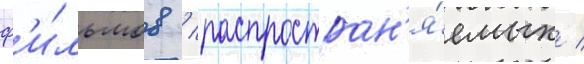
ф'и́льмов / распростран'я́емых /